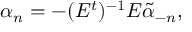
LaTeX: \alpha _ { n } = - ( E ^ { t } ) ^ { - 1 } E \tilde { \alpha } _ { - n } ,